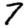
Digit: 7